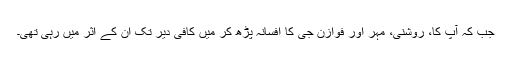
جب کہ آپ کا، روشنی، مہر اور فوازن جی کا افسانہ پڑھ کر میں کافی دیر تک ان کے اثر میں رہی تھی۔